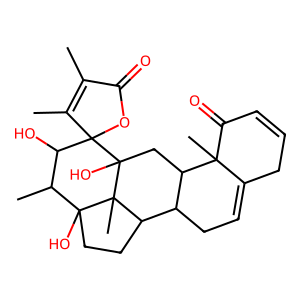
SMILES: CC1=C(C)C2(OC1=O)C(O)C(C)C1(O)CCC3C4CC=C5CC=CC(=O)C5(C)C4CC2(O)C31C
Inhibits HIV replication: No